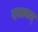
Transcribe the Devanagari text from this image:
दधानम्